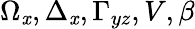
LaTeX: \Omega_{\mathit{x}},\Delta_{\mathit{x}},\Gamma_{yz},V,\beta